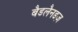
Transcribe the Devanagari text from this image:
बैडलैनडज़